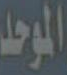
الموحد